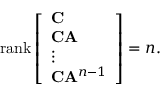
\operatorname { r a n k } { \left[ \begin{array} { l } { \mathbf { C } } \\ { \mathbf { C } \mathbf { A } } \\ { \vdots } \\ { \mathbf { C } \mathbf { A } ^ { n - 1 } } \end{array} \right] } = n .